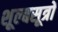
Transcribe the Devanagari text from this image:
शूल्बसूत्रों